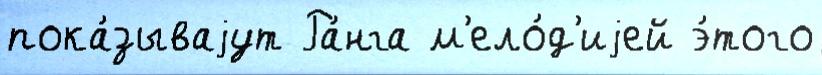
пока́зываjут Ра́нга м'ело́д'иjей э́того